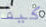
كيف